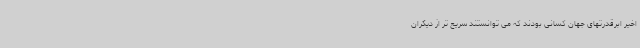
اخیر ابرقدرتهای جهان کسانی بودند که می توانستند سریع تر از دیگران